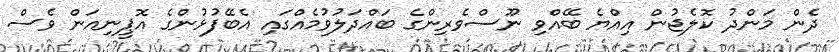
ދެން މަންދު ކޮލެޖުން އިއްޔެ ބޭއްވި ނޫސްވެރިންގެ ބައްދަލުވުމެއްގައި އެބޭފުޅުންގެ އޮޕީނިއަން ވެސް